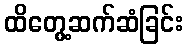
ထိတွေ့ဆက်ဆံခြင်း